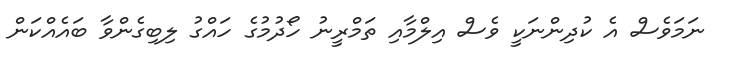
ނަމަވެސް އެ ކުދިންނަކީ ވެސް އިލްމާއި ތަމްރީނު ހޯދުމުގެ ހައްގު ލިބިގެންވާ ބައެއްކަން